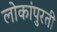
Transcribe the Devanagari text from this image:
लोकांपुरती